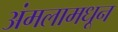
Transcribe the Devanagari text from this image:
अंमलामधून